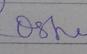
Signature authenticity: forged